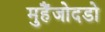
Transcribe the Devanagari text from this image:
मुहैंजोदडो